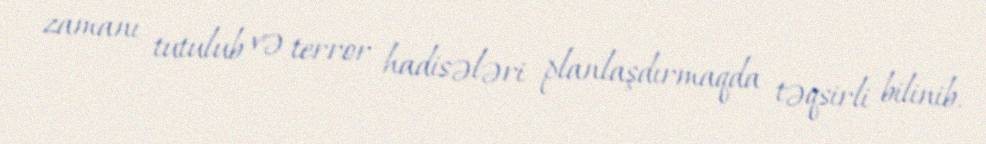
zamanı tutulub və terror hadisələri planlaşdırmaqda təqsirli bilinib.